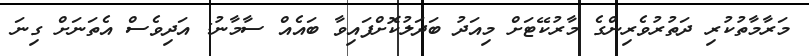
މަރާމާތުކުރި ދަތުރުވެރިންގެ މާރުކޭޓަށް މިއަދު ބަދަލުކޮށްފައިވާ ބައެއް ސާމާނު: އަދިވެސް އެތަނަށް ގިނަ